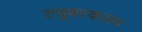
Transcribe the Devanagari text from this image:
ट्युबरकलम